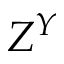
Z ^ { Y }